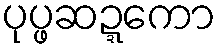
ပုပ္ဖဆဍ္ဍကော